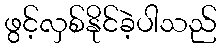
ဖွင့်လှစ်နိုင်ခဲ့ပါသည်